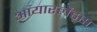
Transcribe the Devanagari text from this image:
आयारर्लैंड्स